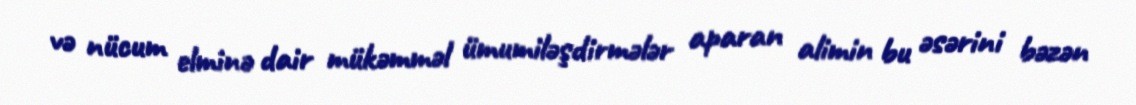
və nücum elminə dair mükəmməl ümumiləşdirmələr aparan alimin bu əsərini bəzən